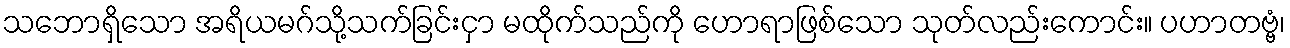
သဘောရှိသော အရိယမဂ်သို့သက်ခြင်းငှာ မထိုက်သည်ကို ဟောရာဖြစ်သော သုတ်လည်းကောင်း။ ပဟာတဗ္ဗံ၊